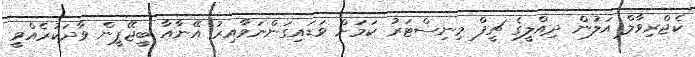
ކެޖްރިވާލް އަލުން ދިއްލީގެ ޗީފް މިނިސްޓަރު ކަމަށް ވަޑައިގަންނަވާއިރު އޭނާއާ ބީޖޭޕީން ވާދަކުރެއްވީ